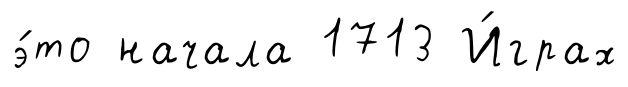
э́то начала 1713 И́грах